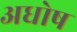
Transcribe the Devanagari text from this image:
अधोष